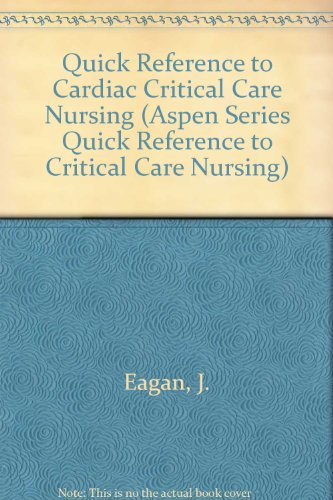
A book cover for Quick Reference to Cardiac Critical Care Nursing (Aspen Series Quick Reference to Critical Care Nursing); Janet S. Eagan; Medical Books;